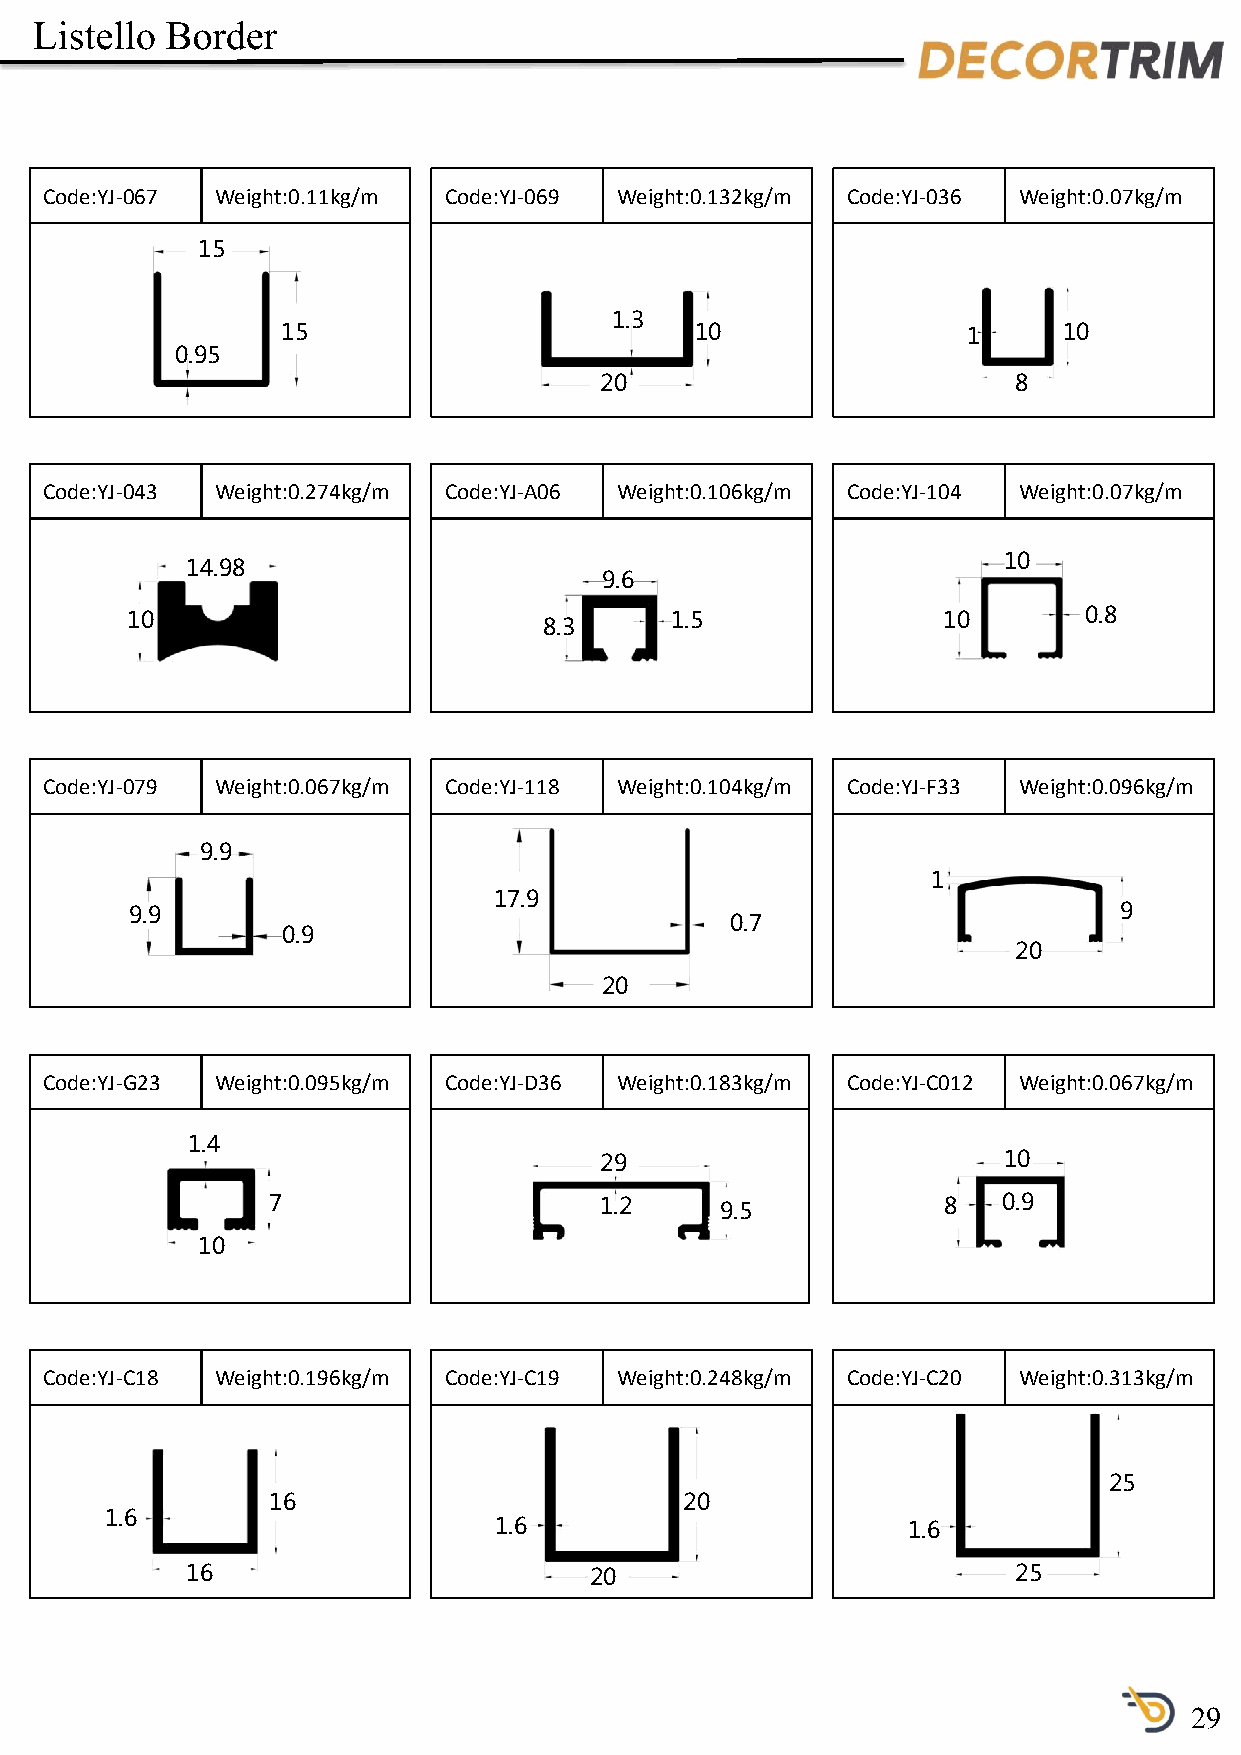
Listello Border
 Code:YJ-067 Weight:0.11kg/m Code:YJ-069 Weight:0.132kg/m Code:YJ-036 Weight:0.07kg/m
 15
 1.3
 15                         10                1     10
 0.95
 20                         8
 Code:YJ-043 Weight:0.274kg/m Code:YJ-A06 Weight:0.106kg/m Code:YJ-104 Weight:0.07kg/m
 10
 14.98
 9.6
 10                                  1.5               10        0.8
 8.3
 Code:YJ-079 Weight:0.067kg/m Code:YJ-118 Weight:0.104kg/m Code:YJ-F33 Weight:0.096kg/m
 9.9
 1
 17.9
 9.9                                                              9
 0.7
 0.9
 20
 20
 Code:YJ-G23 Weight:0.095kg/m Code:YJ-D36 Weight:0.183kg/m Code:YJ-C012 Weight:0.067kg/m
 1.4
 29                        10
 7                     1.2     9.5           8   0.9
 10
 Code:YJ-C18 Weight:0.196kg/m Code:YJ-C19 Weight:0.248kg/m Code:YJ-C20 Weight:0.313kg/m
 25
 16                         20
 1.6
 1.6                        1.6
 16                         20                          25
 29